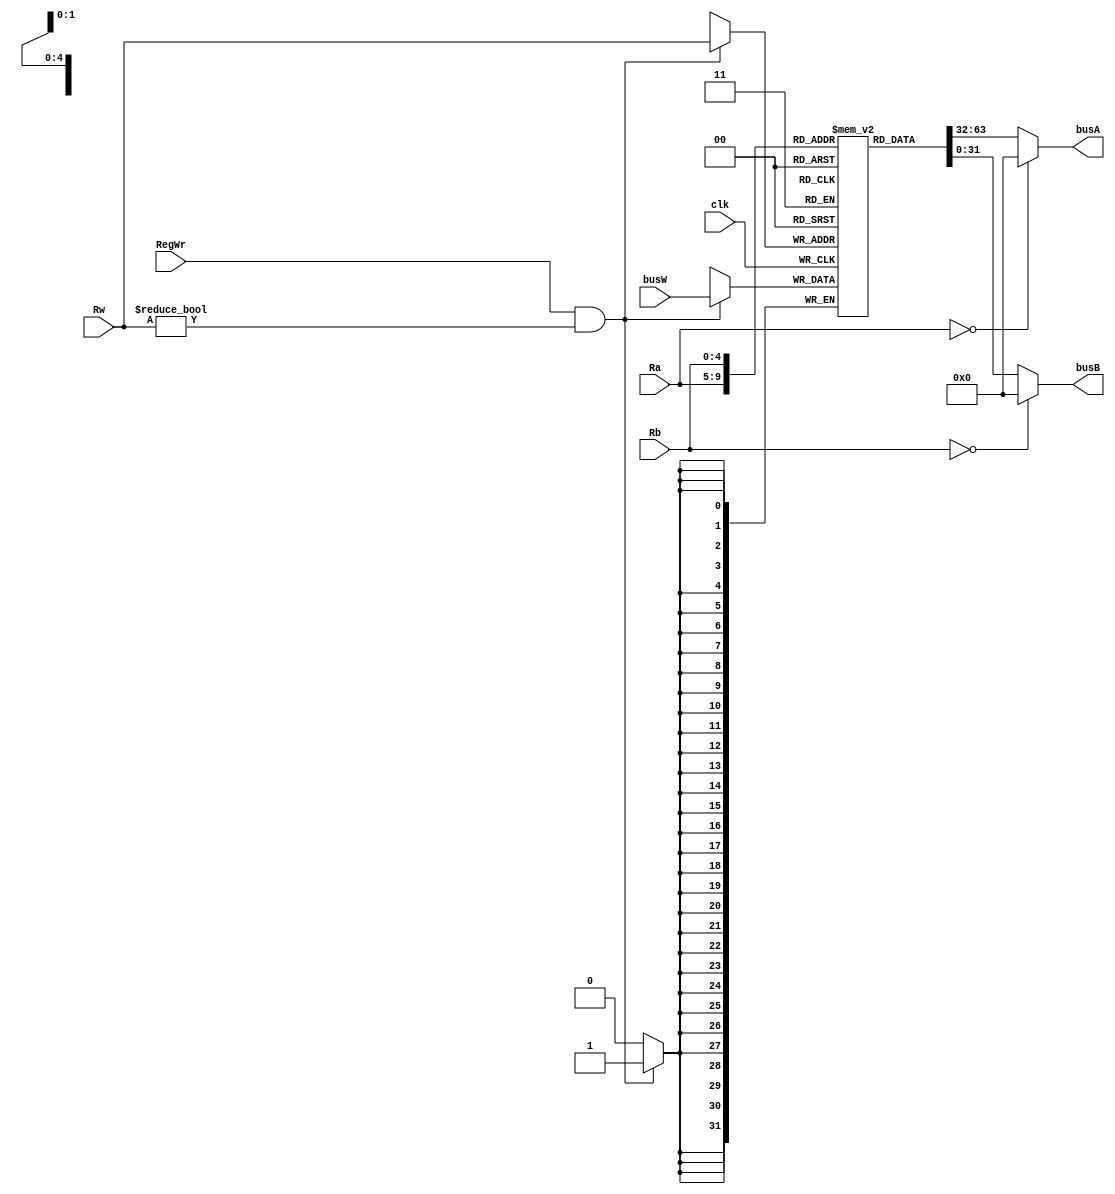
module Registers(
    input[31:0] busW,//0,mux3_ans
    input clk,
    input RegWr,
    input[4:0] Ra,//Instr[9:5]
    input[4:0] Rb,//MUX
    input[4:0] Rw,//Instr[4:0]
    output[31:0] busA,//32
    output[31:0] busB//32,MUX
    );
    reg[31:0] registers[31:0];
    integer i;
    initial begin
        for(i = 0;i < 32;i = i + 1)
            registers[i] <= 0;
    end
    assign busA = (Ra == 0) ? 32'h0 : registers[Ra];
    assign busB = (Rb == 0) ? 32'h0 : registers[Rb];
    always @(posedge clk) begin
        if (RegWr && (Rw != 0))
            registers[Rw] <= busW;
    end
endmodule